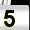
Digit: 5